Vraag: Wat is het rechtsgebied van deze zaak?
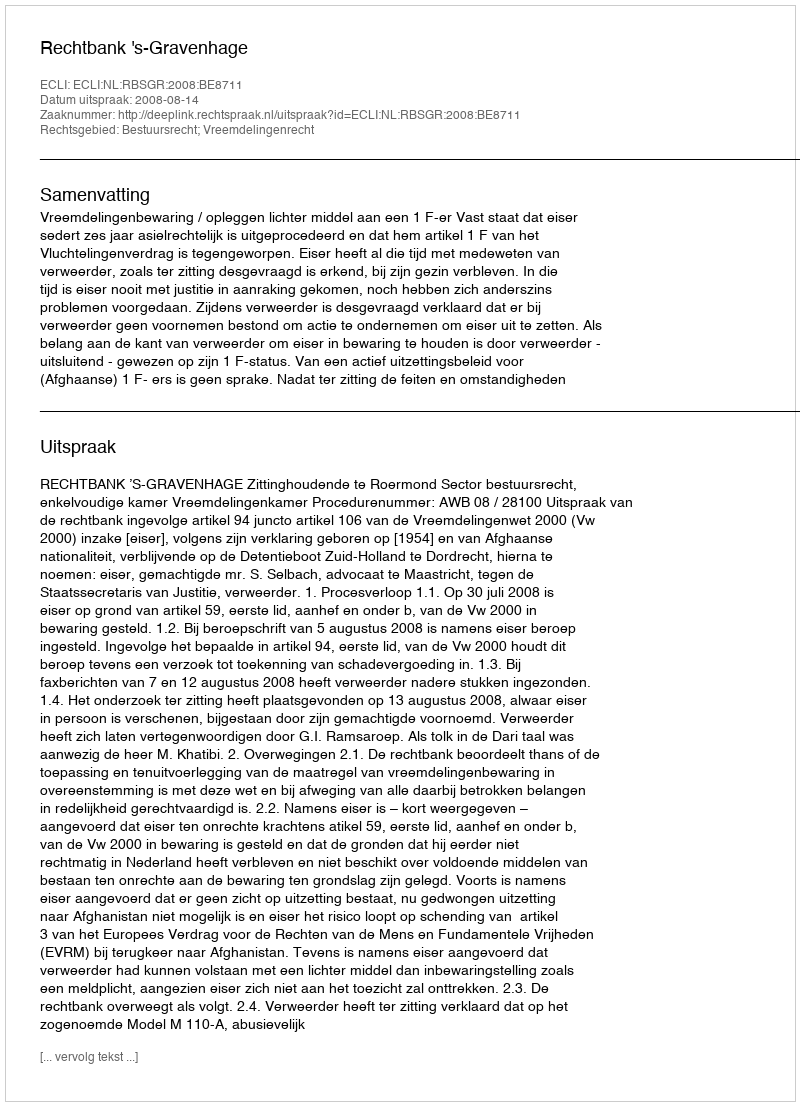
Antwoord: Bestuursrecht; Vreemdelingenrecht